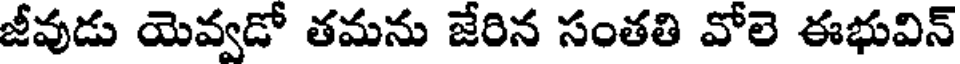
జీవుడు యెవ్వడో తమను జేరిన సంతతి వోలె ఈభువిన్